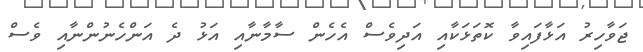
ޖަވާހިރު އަޅާފައިވާ ކޮތަޅަކާއި އަދިވެސް އެހެން ސާމާނާއި އަޅު ދެ އަންހެނުންނާއި ވެސް